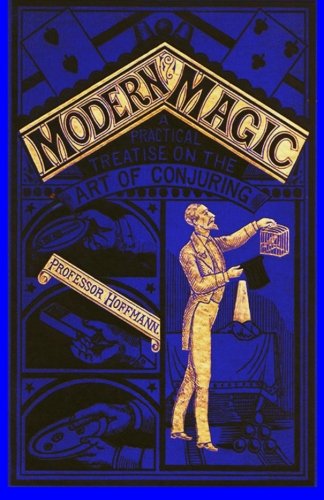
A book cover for Modern Magic; Professor Hoffman; Humor & Entertainment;